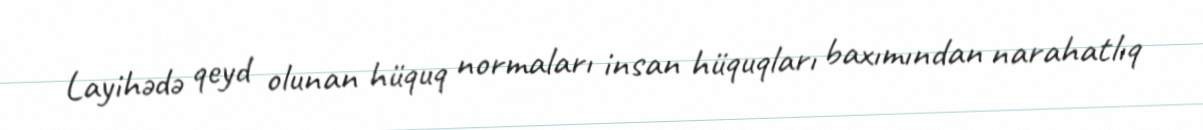
Layihədə qeyd olunan hüquq normaları insan hüquqları baxımından narahatlıq